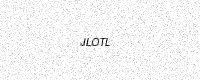
Text: JLOTL